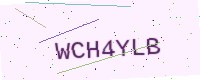
Text: WCH4YLB